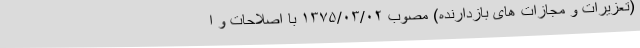
(‌تعزیرات و مجازات ‌های بازدارنده) مصوب ۱۳۷۵/۰۳/۰۲ با اصلاحات و ا